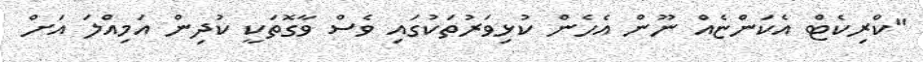
"ކްރިކެޓް އެކަންޏެއް ނޫން އެހެން ކުޅިވަރުތަކުގައި ވެސް ވާގޮތަކީ ކުދިން އަމިއްލަ އަށް